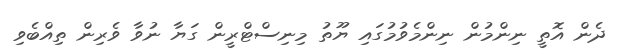
ދެން އޮތީ ނިންމުން ނިންމެވުމުގައި ޔޫތު މިނިސްޓްރީން ގަޔާ ނުވާ ވެރިން ތިއްބެވި